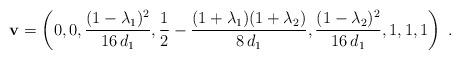
LaTeX: \begin{align*} \mathbf{v} = \left( 0, 0, \frac{(1-\lambda_1)^2}{16 \, d_1}, \frac{1}{2} - \frac{(1+\lambda_1)(1+\lambda_2)}{8 \, d_1}, \frac{(1-\lambda_2)^2}{16 \, d_1}, 1, 1, 1 \right) \;.\end{align*}